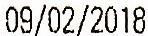
09/02/2018